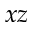
x z